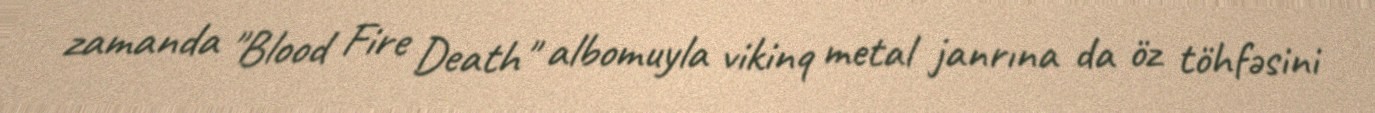
zamanda "Blood Fire Death" albomuyla vikinq metal janrına da öz töhfəsini